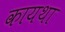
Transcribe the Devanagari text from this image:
कायथा